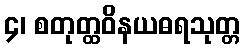
၄၊ စတုတ္ထဝိနယဓရသုတ္တ